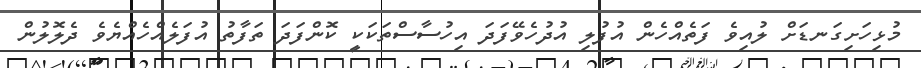
މުޅިހަށިގަނޑަށް ލުއިވެ ފަތެއްހެން އުފުލި އުދުހެވޭފަދަ އިހުސާސްތަކަކީ ކޮންފަދަ ތަފާތު އުފަލެއްހެއްޔެވެ ދެލޮލުން